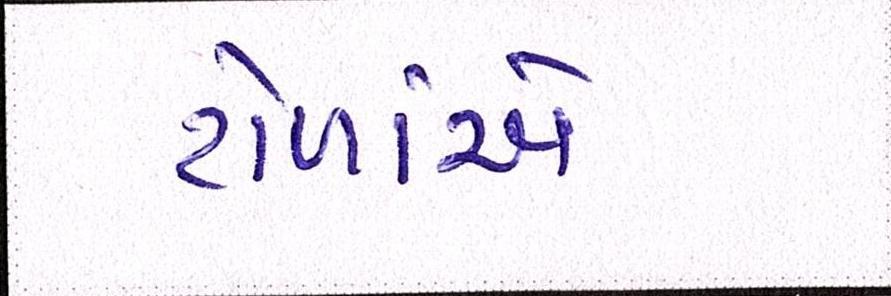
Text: ટોળાંએ